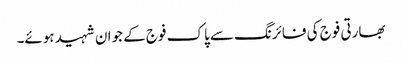
بھارتی فوج کی فائرنگ سے پاک فوج کے جوان شہید ہوئے۔